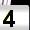
Digit: 4